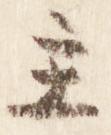
主